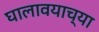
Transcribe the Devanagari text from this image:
घालावयाच्या